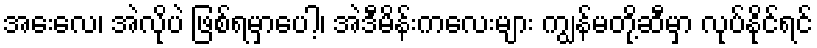
အေးလေ၊ အဲလိုပဲ ဖြစ်ရမှာပေါ့၊ အဲဒီမိန်းကလေးများ ကျွန်မတို့ဆီမှာ လုပ်နိုင်ရင်